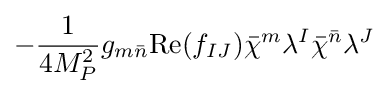
-{\frac {1}{4M_{P}^{2}}}g_{m{\bar {n}}}{\text{Re}}(f_{IJ}){\bar {\chi }}^{m}\lambda ^{I}{\bar {\chi }}^{\bar {n}}\lambda ^{J}